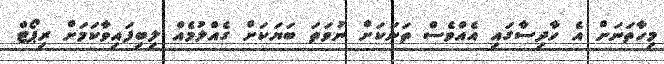
މިހާތަނަށް އެ ހާދިސާގައި އެއްވެސް ތަނަކަށް ނުވަތަ ބަޔަކަށް ގެއްލުމެއް ލިބިފައިވާކަމަށް ރިޕޯޓް